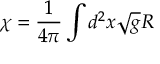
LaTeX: \chi = \frac { 1 } { 4 \pi } \int d ^ { 2 } x \sqrt { g } R